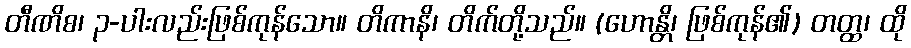
တီဏိစ၊ ၃-ပါးလည်းဖြစ်ကုန်သော။ တိကာနိ၊ တိက်တို့သည်။ (ဟောန္တိ၊ ဖြစ်ကုန်၏) တတ္ထ၊ ထို